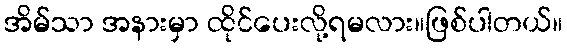
အိမ်သာ အနားမှာ ထိုင်ပေးလို့ရမလား။ဖြစ်ပါတယ်။